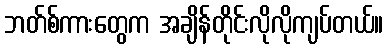
ဘတ်စ်ကားတွေက အချိန်တိုင်းလိုလိုကျပ်တယ်။